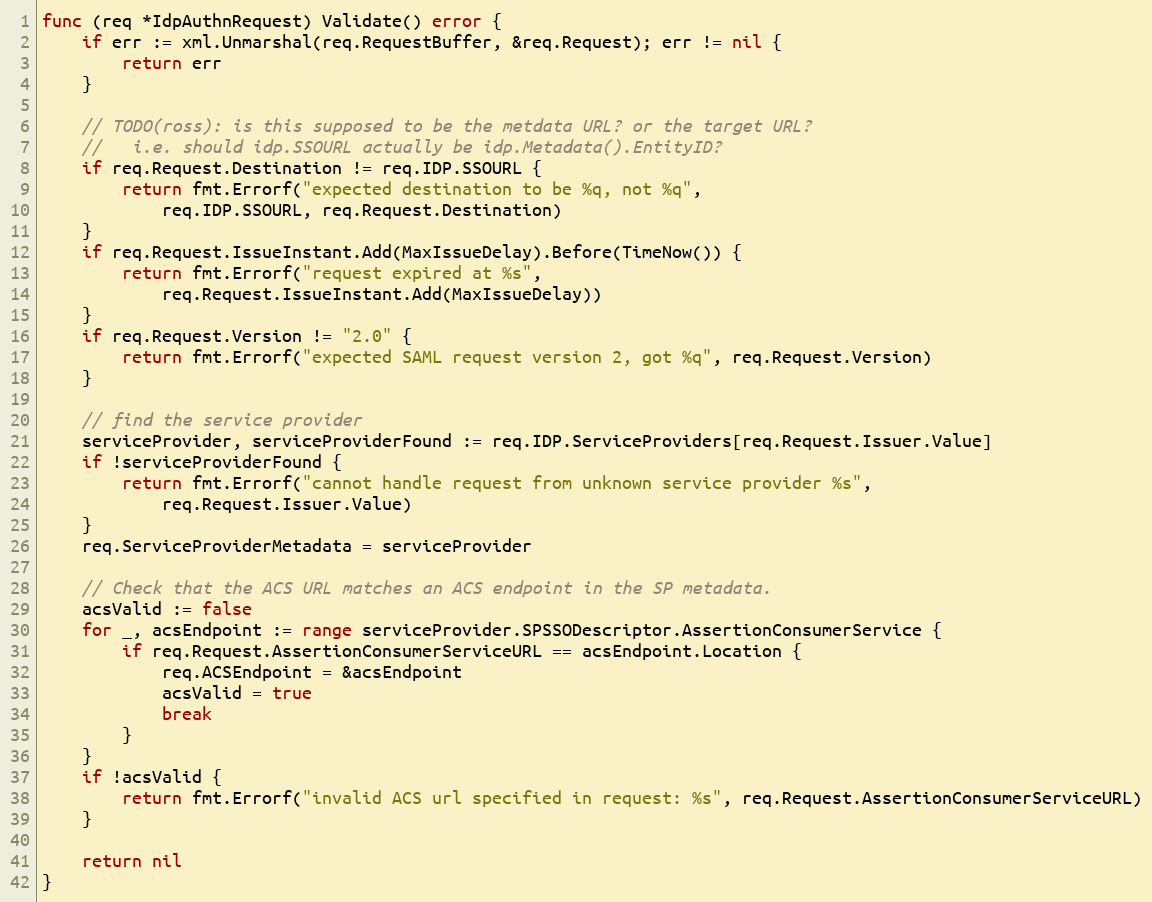
Language: Go
func (req *IdpAuthnRequest) Validate() error {
	if err := xml.Unmarshal(req.RequestBuffer, &req.Request); err != nil {
		return err
	}

	// TODO(ross): is this supposed to be the metdata URL? or the target URL?
	//   i.e. should idp.SSOURL actually be idp.Metadata().EntityID?
	if req.Request.Destination != req.IDP.SSOURL {
		return fmt.Errorf("expected destination to be %q, not %q",
			req.IDP.SSOURL, req.Request.Destination)
	}
	if req.Request.IssueInstant.Add(MaxIssueDelay).Before(TimeNow()) {
		return fmt.Errorf("request expired at %s",
			req.Request.IssueInstant.Add(MaxIssueDelay))
	}
	if req.Request.Version != "2.0" {
		return fmt.Errorf("expected SAML request version 2, got %q", req.Request.Version)
	}

	// find the service provider
	serviceProvider, serviceProviderFound := req.IDP.ServiceProviders[req.Request.Issuer.Value]
	if !serviceProviderFound {
		return fmt.Errorf("cannot handle request from unknown service provider %s",
			req.Request.Issuer.Value)
	}
	req.ServiceProviderMetadata = serviceProvider

	// Check that the ACS URL matches an ACS endpoint in the SP metadata.
	acsValid := false
	for _, acsEndpoint := range serviceProvider.SPSSODescriptor.AssertionConsumerService {
		if req.Request.AssertionConsumerServiceURL == acsEndpoint.Location {
			req.ACSEndpoint = &acsEndpoint
			acsValid = true
			break
		}
	}
	if !acsValid {
		return fmt.Errorf("invalid ACS url specified in request: %s", req.Request.AssertionConsumerServiceURL)
	}

	return nil
}